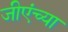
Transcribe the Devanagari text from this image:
जीएंच्या